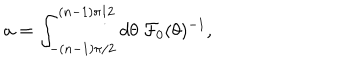
a = \int _ { - ( n - 1 ) \pi / 2 } ^ { ( n - 1 ) \pi / 2 } d \theta ~ { \cal F } _ { 0 } ( \theta ) ^ { - 1 } ,